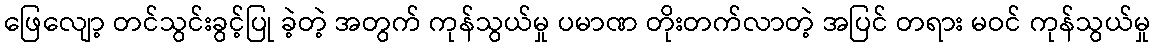
ဖြေလျော့ တင်သွင်းခွင့်ပြု ခဲ့တဲ့ အတွက် ကုန်သွယ်မှု ပမာဏ တိုးတက်လာတဲ့ အပြင် တရား မဝင် ကုန်သွယ်မှု